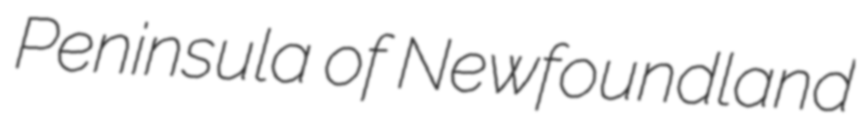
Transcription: Peninsula of Newfoundland